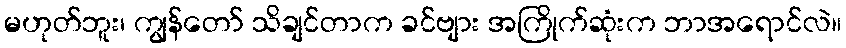
မဟုတ်ဘူး၊ ကျွန်တော် သိချင်တာက ခင်ဗျား အကြိုက်ဆုံးက ဘာအရောင်လဲ။